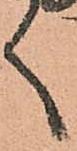
く